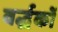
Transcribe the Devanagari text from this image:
वर्द्धकों